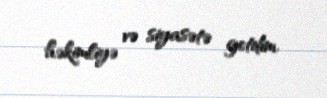
həkimliyə və siyasətə getdim.